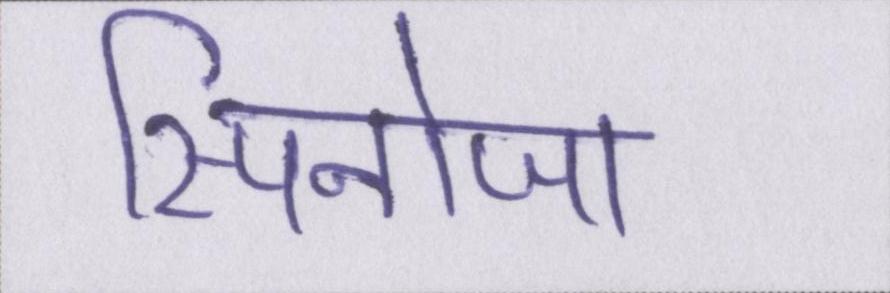
स्पिनोजा